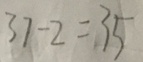
3 7 - 2 = 3 5